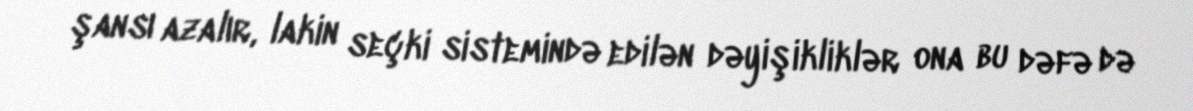
şansı azalır, lakin seçki sistemində edilən dəyişikliklər ona bu dəfə də